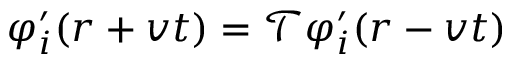
\varphi _ { i } ^ { \prime } ( \boldsymbol { r } + \boldsymbol { v } t ) = \mathcal { T } \varphi _ { i } ^ { \prime } ( \boldsymbol { r } - \boldsymbol { v } t )